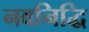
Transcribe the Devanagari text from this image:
नवनिद्धि